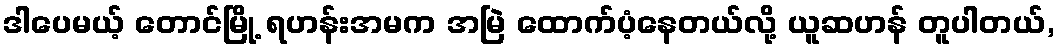
ဒါပေမယ့် တောင်မြို့ ရဟန်းအမက အမြဲ ထောက်ပံ့နေတယ်လို့ ယူဆဟန် တူပါတယ်,